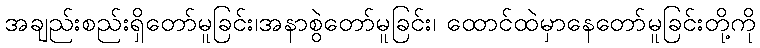
အချည်းစည်းရှိတော်မူခြင်း၊အနာစွဲတော်မူခြင်း၊ ထောင်ထဲမှာနေတော်မူခြင်းတို့ကို